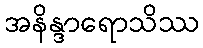
အနိန္ဒာရောသိဿ